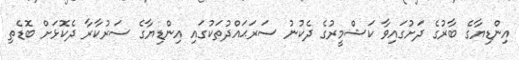
އިންޑިޔާގެ ބާރުގެ ދަށުގައިވާ ކަޝްމީރުގެ ދެކުނު ސަރަޙައްދުތަކުގައި އިންޑިޔާގެ ސަރުކާރާ ދެކޮޅަށް ބޮޑެތި